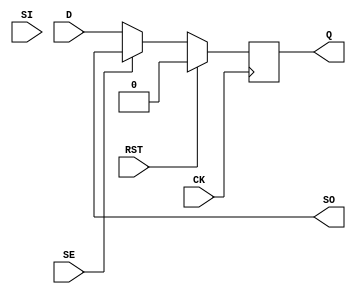
module sdflop(D, SI, SE, CK, RST, Q, SO);
	input wire D, CK, SI, SE, RST;
	output Q,SO;
	
	always @ (posedge CK)
	begin 
	  if(RST)
	    Q <= 1'b0;
	  else if (SE) 	
	    Q <= SO;
	  else
	    Q <= D;
	  end
endmodule